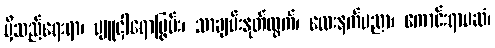
မှီသည်ရေးရာ၊ ပျူငှါရောပြွမ်း၊ သာချမ်းနုတ်ထွက်၊ လေးနက်ပညာ၊ ကောင်းရာမဆံ၊